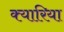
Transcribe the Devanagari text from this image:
क्यारिया